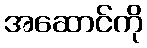
အဆောင်ကို